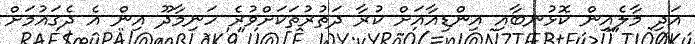
އަދި މާލެއިން ކޮޅުނބާއި އިންޑިއާއަށް ކުރާ ދަތުރުތަކަށްވުރެ ހަނިމާދޫ އިން އެ ދެގައުމަށް